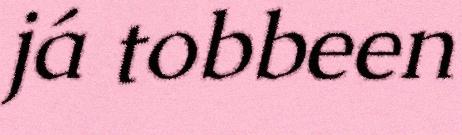
já tobbeen